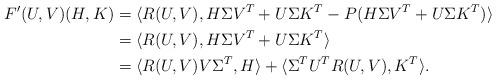
LaTeX: \begin{align*} F'(U,V)(H,K) &= \langle R(U,V),H\Sigma V^{T} + U\Sigma K^{T} - P(H\Sigma V^{T} + U\Sigma K^{T})\rangle \\ &= \langle R(U,V),H\Sigma V^{T} + U\Sigma K^{T}\rangle \\ &= \langle R(U,V)V\Sigma^{T},H\rangle + \langle \Sigma^{T}U^{T}R(U,V),K^{T}\rangle. \end{align*}